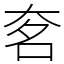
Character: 㚚